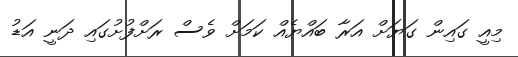
މިއީ ގައިން ގަޔަށް އަރާ ބައްޔެއް ކަމަށް ވެސް ރަށްފުށުގައި ދަނީ އަޑު